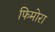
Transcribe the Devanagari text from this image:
फिमोरा